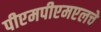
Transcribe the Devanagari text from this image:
पीएमपीएमएलचे